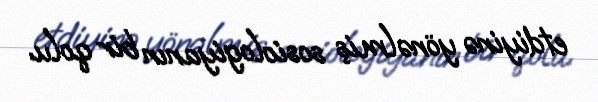
etdiyinə yönəlmiş sosiologiyanın bir qolu.